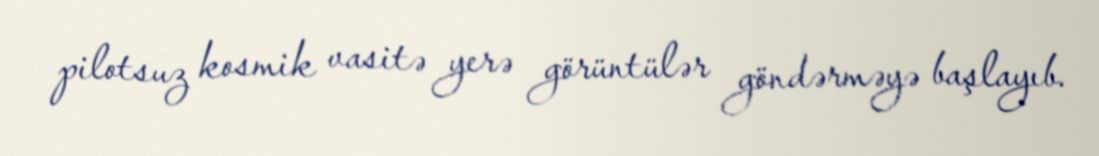
pilotsuz kosmik vasitə yerə görüntülər göndərməyə başlayıb.